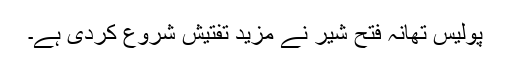
پولیس تھانہ فتح شیر نے مزید تفتیش شروع کردی ہے۔